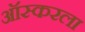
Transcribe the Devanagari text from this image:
ऑस्करला